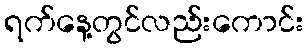
ရက်နေ့တွင်လည်းကောင်း